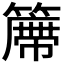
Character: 𱸩